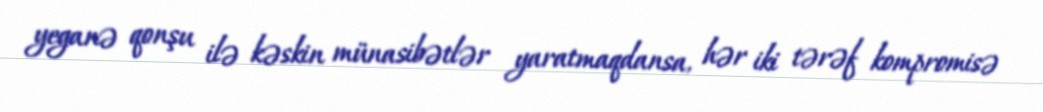
yeganə qonşu ilə kəskin münasibətlər yaratmaqdansa, hər iki tərəf kompromisə